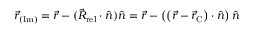
{ \vec { r } _ { \mathrm { ( I m ) } } } = { \vec { r } } - ( { \vec { R } _ { \mathrm { r e l } } } \cdot { \hat { n } } ) { \hat { n } } = { \vec { r } } - \left( \left( { \vec { r } } - { \vec { r } _ { \mathrm { C } } } \right) \cdot { \hat { n } } \right) { \hat { n } }